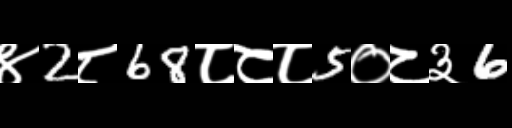
Text: ४2८68८८८5०८३6